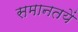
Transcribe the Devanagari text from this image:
समानतयें